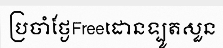
ប្រចាំថ្ងែFreeដោនទ្បូតសួន